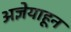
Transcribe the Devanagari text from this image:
अज्ञेयाहून